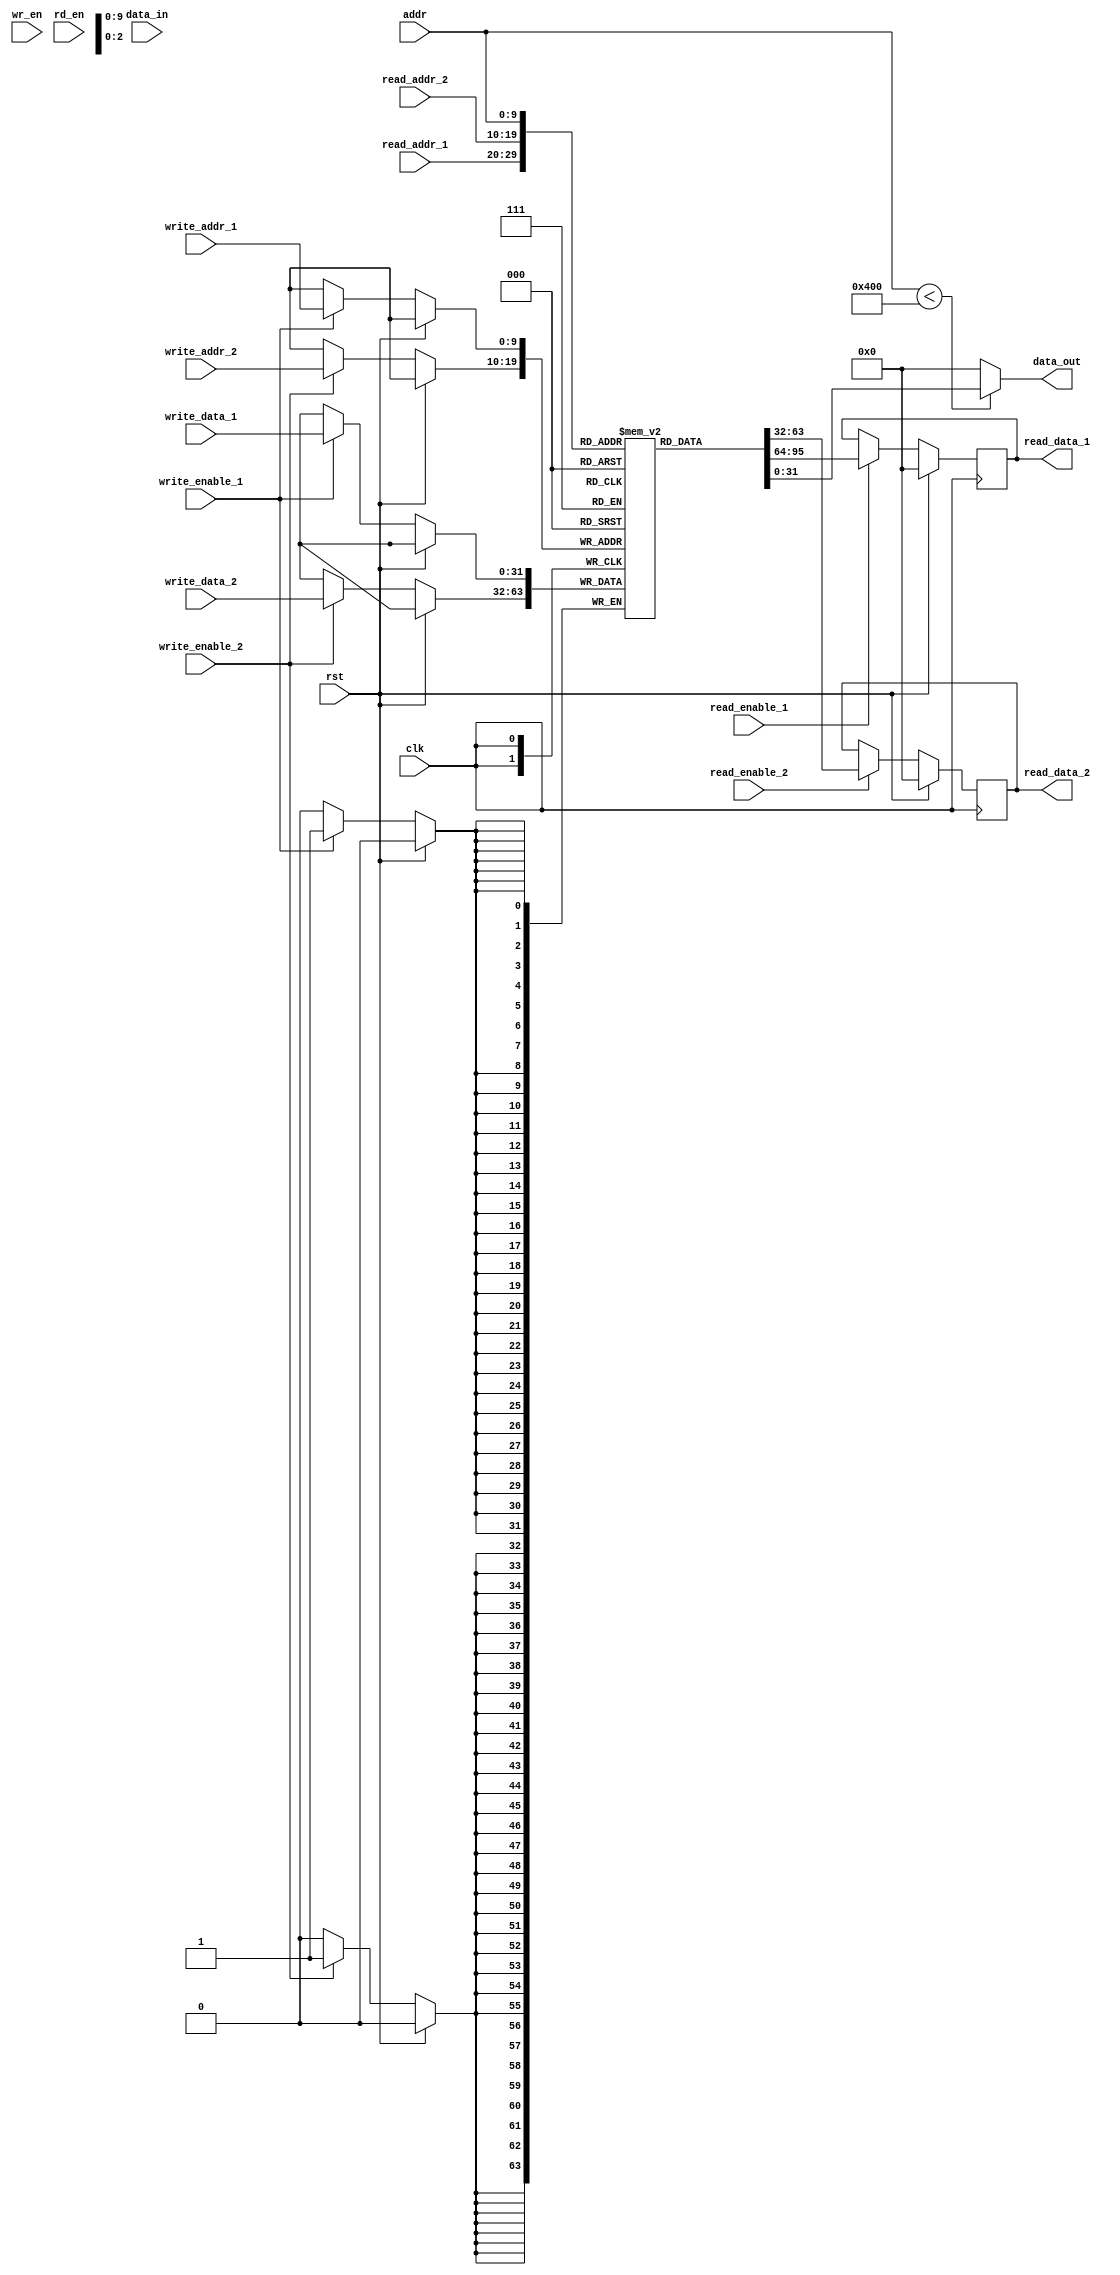
module dual_port_ram_pipeline (
    input clk,
    input rst,
    input write_enable_1,
    input [31:0] write_data_1,
    input [9:0] write_addr_1,
    input read_enable_1,
    input [9:0] read_addr_1,
    output reg [31:0] read_data_1,
    input write_enable_2,
    input [31:0] write_data_2,
    input [9:0] write_addr_2,
    input read_enable_2,
    input [9:0] read_addr_2,
    output reg [31:0] read_data_2,
    input [31:0] data_in,
    output [31:0] data_out,
    input [9:0] addr,
    input wr_en,
    input rd_en
);

reg [31:0] ram [0:1023]; // Instantiate dual-port RAM

// Read and Write pipeline operations
always @(posedge clk) begin
    if (rst) begin
        // Reset signals
        read_data_1 <= 0;
        read_data_2 <= 0;
    end else begin
        // Read operation for Port 1
        if (read_enable_1) begin
            read_data_1 <= ram[read_addr_1];
        end
        
        // Write operation for Port 1
        if (write_enable_1) begin
            ram[write_addr_1] <= write_data_1;
        end
        
        // Read operation for Port 2
        if (read_enable_2) begin
            read_data_2 <= ram[read_addr_2];
        end
        
        // Write operation for Port 2
        if (write_enable_2) begin
            ram[write_addr_2] <= write_data_2;
        end
    end
end

// Data output based on read address
assign data_out = addr < 1024 ? ram[addr] : 0;

endmodule